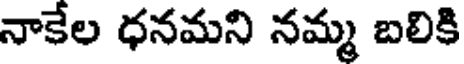
నాకేల ధనమని నమ్మ బలికి